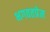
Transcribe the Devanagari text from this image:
भगवतप्रेम